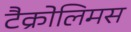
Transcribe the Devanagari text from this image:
टैक्रोलिमस